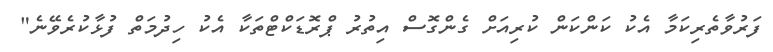
ފަރުވާތެރިކަމާ އެކު ކަންކަން ކުރިއަށް ގެންގޮސް އިތުރު ޕްރޮޑަކްޓްތަކާ އެކު ހިދުމަތް ފުޅާކުރެވޭނެ"